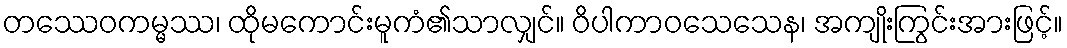
တဿေဝကမ္မဿ၊ ထိုမကောင်းမူကံ၏သာလျှင်။ ဝိပါကာဝသေသေန၊ အကျိုးကြွင်းအားဖြင့်။